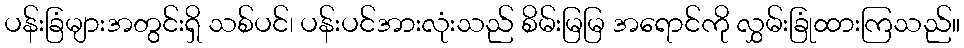
ပန်းခြံများအတွင်းရှိ သစ်ပင်၊ ပန်းပင်အားလုံးသည် စိမ်းမြမြ အရောင်ကို လွှမ်းခြုံထားကြသည်။